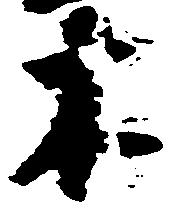
木